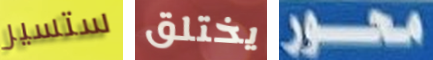
ستسير يختلق محور